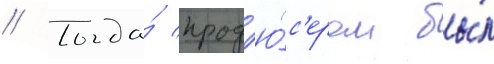
// Тогда́ прод'ю́с'ером бы́л